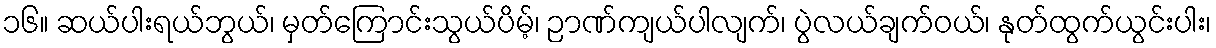
၁၆။ ဆယ်ပါးရယ်ဘွယ်၊ မှတ်ကြောင်းသွယ်ပိမ့်၊ ဉာဏ်ကျယ်ပါလျက်၊ ပွဲလယ်ချက်ဝယ်၊ နုတ်ထွက်ယွင်းပါး၊